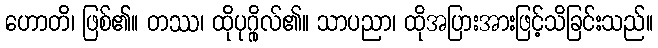
ဟောတိ၊ ဖြစ်၏။ တဿ၊ ထိုပုဂ္ဂိုလ်၏။ သာပညာ၊ ထိုအပြားအားဖြင့်သိခြင်းသည်။